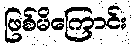
ဖြစ်မိကြောင်း